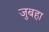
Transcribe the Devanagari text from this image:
जुबहा